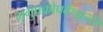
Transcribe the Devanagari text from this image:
भृगुपकोपवैश्वानरे